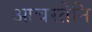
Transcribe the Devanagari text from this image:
आचरतेनि